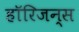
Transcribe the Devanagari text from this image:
हॉरिजन्स